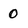
Character: 0